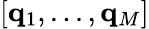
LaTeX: [\mathbf{q}_{1},...,\mathbf{q}_{M}]